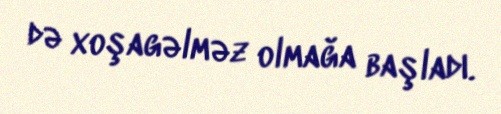
də xoşagəlməz olmağa başladı.